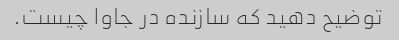
توضیح دهید که سازنده در جاوا چیست.